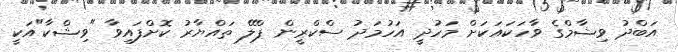
އަބްދު ވިޝާމްގެ ވާހަަކައަކަށް މަހުދީ އަހުމަދު ސްކްރީން ޕްލޭ ތައްޔާރު ކޮށްފައިވާ "ވިޝްކާ"އަކީ